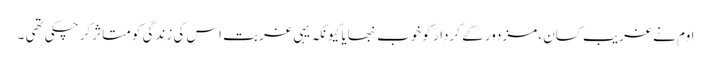
اوم نے غریب کسان ،مزدور کے کردار کو خوب نبھایا کیونکہ یہی غربت اس کی زندگی کو متاثرکر چکی تھی ۔